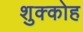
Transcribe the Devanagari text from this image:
शुक्कोह